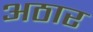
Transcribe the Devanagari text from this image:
अठार